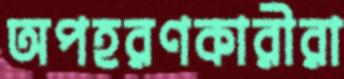
অপহরণকারীরা